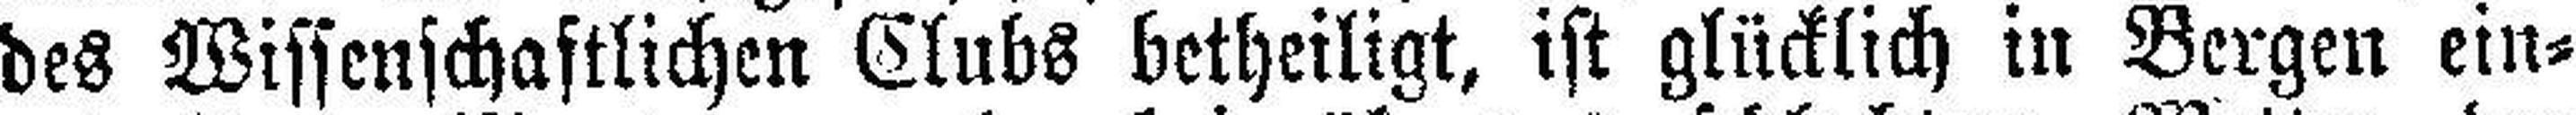
des Wissenschaftlichen Clubs betheiligt, ist glücklich in Bergen ein¬